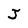
Character: J